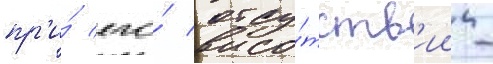
пр'и́ его́ отсу́тств'ии -